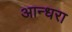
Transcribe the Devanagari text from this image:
आन्धरा